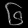
Digit: ၆